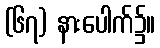
(၆၇) နားပေါက်၌။